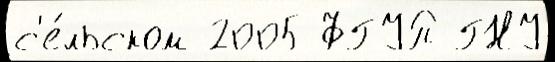
с'е́льском 2005 ФГУП ГНУ